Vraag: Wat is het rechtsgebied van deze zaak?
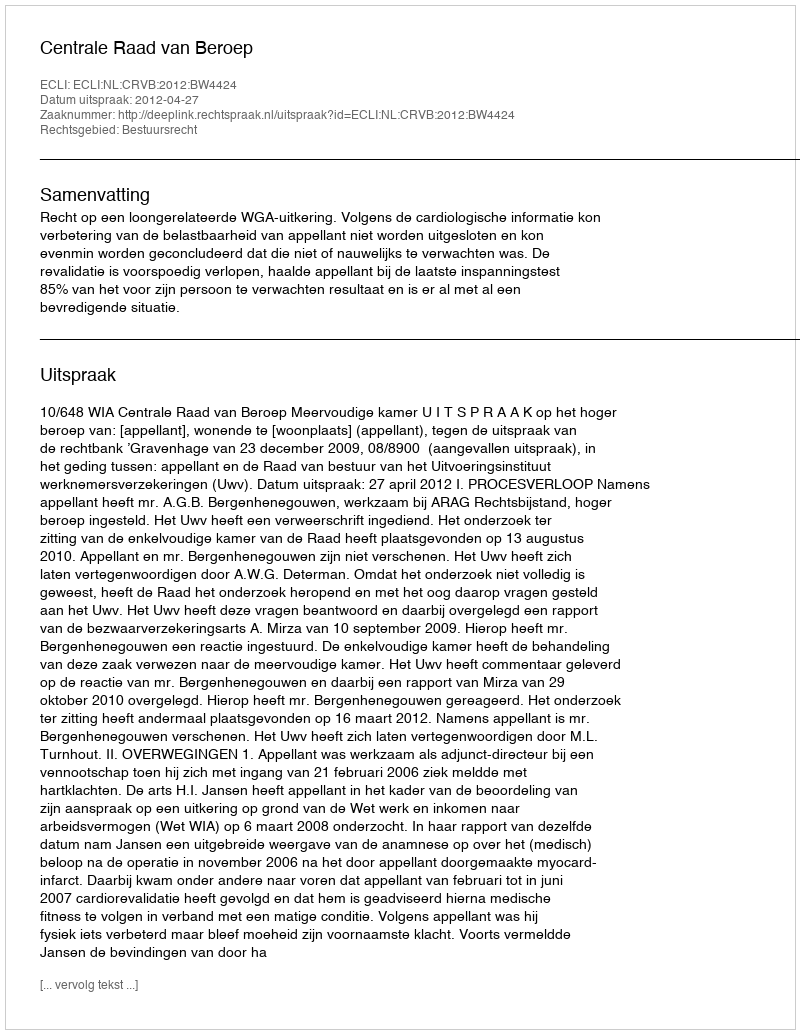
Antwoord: Bestuursrecht